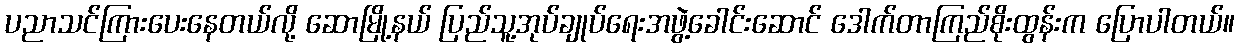
ပညာသင်ကြားပေးနေတယ်လို့ ဆောမြို့နယ် ပြည်သူ့အုပ်ချုပ်ရေးအဖွဲ့ခေါင်းဆောင် ဒေါက်တာကြည်စိုးထွန်းက ပြောပါတယ်။